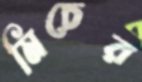
মিচের